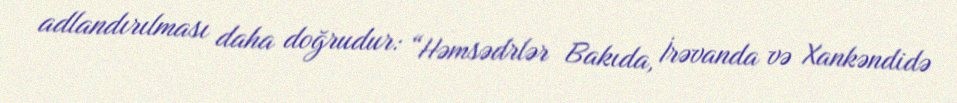
adlandırılması daha doğrudur: “Həmsədrlər Bakıda, İrəvanda və Xankəndidə